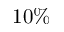
1 0 \%